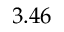
3 . 4 6